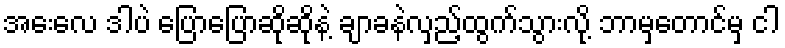
အေးလေ ဒါပဲ ပြောပြောဆိုဆိုနဲ့ ချာခနဲလှည့်ထွက်သွားလို့ ဘာမှတောင်မှ ငါ